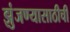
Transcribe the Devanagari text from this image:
झुंजण्यासाठीची